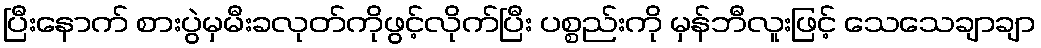
ပြီးနောက် စားပွဲမှမီးခလုတ်ကိုဖွင့်လိုက်ပြီး ပစ္စည်းကို မှန်ဘီလူးဖြင့် သေသေချာချာ